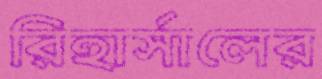
রিহার্সালের